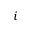
i